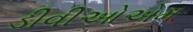
ડીવીઓએમ